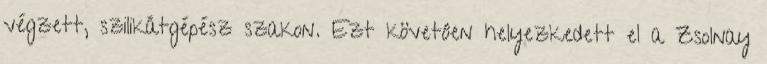
végzett, szilikátgépész szakon. Ezt követôen helyezkedett el a Zsolnay